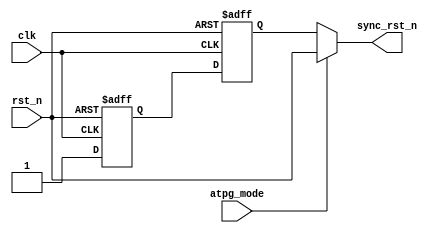
`timescale 1ns / 1ps
/////////////////////////////////////////////////////////////////////////////////////////////////////////////////
// Project Name			: Design of a Parametrizable, Configurable and Modular Asynchronous FIFO
// Module  Name			: sync_rst
// Module  Description		: Double flip flop synchronization scheme for asynchronous reset
/////////////////////////////////////////////////////////////////////////////////////////////////////////////////
module sync_rst
	// -------------------- Ports -----------------------
	(
	 input	wire		clk		,
	 input	wire		rst_n		,
	 input	wire		atpg_mode	,		// Test Mode
	 output	wire		sync_rst_n	
	);

	reg 	dff1, dff2		;

	// --------------------------------------------------
	// douple synchronization scheme
	// --------------------------------------------------
	always @(posedge clk, negedge rst_n)
	if (~rst_n)
	begin
		dff1	<=	1'b0	;
		dff2	<=	1'b0	;
	end
	else
	begin
		dff1	<=	1'b1	;
		dff2	<=	dff1	;
	end	
	
	// --------------------------------------------------
	// multiplexing output for DFT
	// --------------------------------------------------
	assign	sync_rst_n = atpg_mode ? rst_n : dff2 ;

endmodule